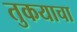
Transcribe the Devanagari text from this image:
तुकयाचा